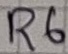
Text: R6